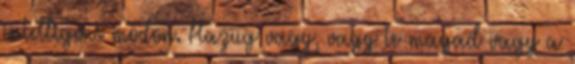
intelligens módon. Hazug vagy, vagy te magad vagy a